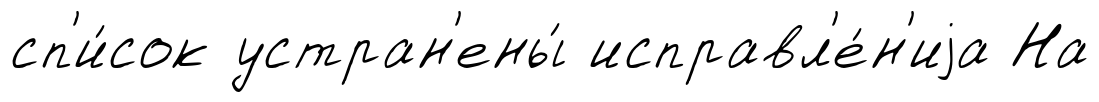
сп'и́сок устран'ены́ исправл'е́н'иjа На